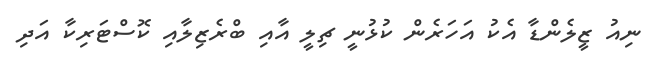
ނިއު ޒީލެންޑާ އެކު އަހަރެން ކުޅުނީ ޗިލީ އާއި ބްރެޒިލާއި ކޮސްޓަރިކާ އަދި